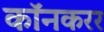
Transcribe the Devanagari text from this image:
कॉनकरर